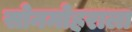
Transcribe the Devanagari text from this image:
सोनमोहराला